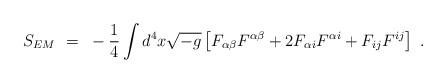
LaTeX: \begin{align*}S_{EM}~=~-{1 \over 4} \int d^4x{\sqrt {-g}}\left[ F_{\alpha \beta}F^{\alpha \beta} +2 F_{\alpha i}F^{\alpha i} + F_{ij}F^{ij} \right]~.\end{align*}